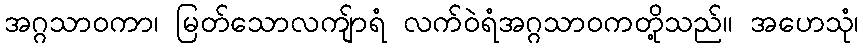
အဂ္ဂသာဝကာ၊ မြတ်သောလကျ်ာရံ လက်ဝဲရံအဂ္ဂသာဝကတို့သည်။ အဟေသုံ၊